Problem: 11 × 4 = ?
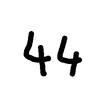
Handwritten answer: 44